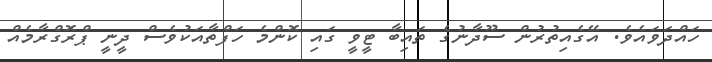
ހައްދަވައެވެ. އޭގެއިތުރުން ސޫދާނުގެ ތައިބާ ޓީވީ ގައި ކޮންމެ ހަފްތާއަކުވެސް ދީނީ ޕްރޮގްރާމެއް